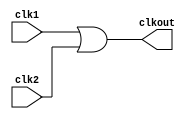
// This program was cloned from: https://github.com/chipsalliance/aib-phy-hardware
// License: Apache License 2.0

// SPDX-License-Identifier: Apache-2.0
// Copyright (C) 2022 HCL Technologies Ltd.
// Copyright (C) 2022 Blue Cheetah Analog Design, Inc.

module clk_or2_cel(
output clkout, // OR output
input  clk1, // clock 1
input  clk2  // clock 2
);

assign clkout = clk1 | clk2;

endmodule // clk_or2_cel